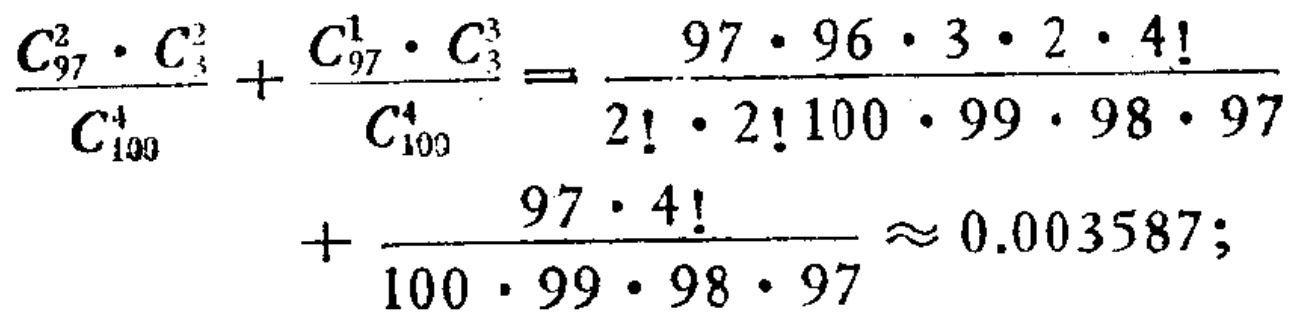
\(\frac{C_{97}^{2} \cdot C_{3}^{2}}{C_{100}^{4}}+\frac{C_{97}^{1} \cdot C_{3}^{3}}{C_{100}^{4}}=\frac{97 \cdot 96 \cdot 3 \cdot 2 \cdot 4!}{2! \cdot 2! 100 \cdot 99 \cdot 98 \cdot 97}+\frac{97 \cdot 4!}{100 \cdot 99 \cdot 98 \cdot 97}\approx 0.003587;\)